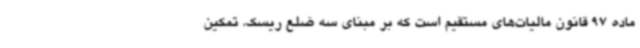
ماده 97 قانون مالیات‌های مستقیم است که بر مبنای سه ضلع ریسک، تمکین